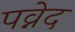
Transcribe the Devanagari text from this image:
पव्नेद